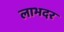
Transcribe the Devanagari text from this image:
लाभदर